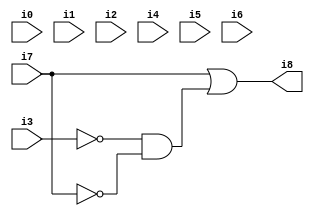
// Benchmark "SKOLEMFORMULA" written by ABC on Mon May  4 15:54:13 2020

module SKOLEMFORMULA ( 
    i0, i1, i2, i3, i4, i5, i6, i7,
    i8  );
  input  i0, i1, i2, i3, i4, i5, i6, i7;
  output i8;
  wire n10;
  assign n10 = ~i3 & ~i7;
  assign i8 = i7 | n10;
endmodule